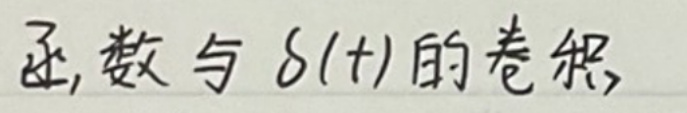
函数与\(\delta(t)\)的卷积